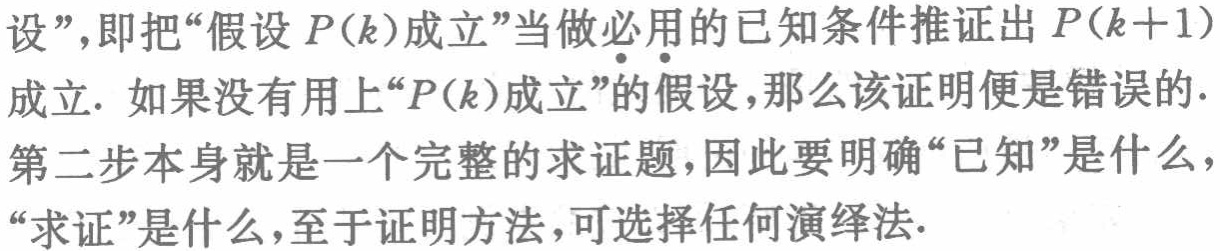
设”，即把“假设 \(P(k)\)成立”当做必用的已知条件推证出 \(P(k + 1)\)成立. 如果没有用上“\(P(k)\)成立”的假设，那么该证明便是错误的. 第二步本身就是一个完整的求证题，因此要明确“已知”是什么，“求证”是什么，至于证明方法，可选择任何演绎法.